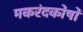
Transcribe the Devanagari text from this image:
मकरंदकोषों